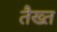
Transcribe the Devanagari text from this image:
तैख्त